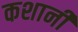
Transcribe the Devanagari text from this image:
कशानी